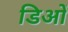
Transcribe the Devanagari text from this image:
डिओं